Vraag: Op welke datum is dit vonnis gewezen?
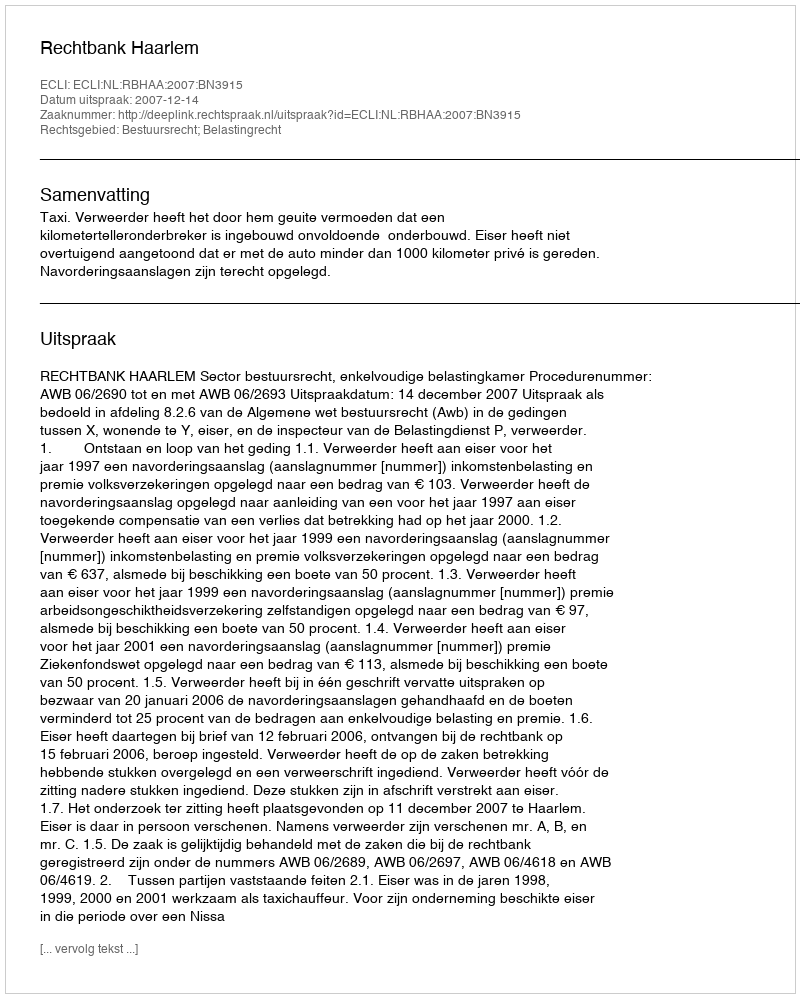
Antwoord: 2007-12-14